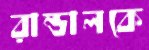
রান্ডালকে